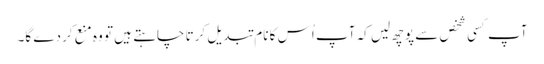
آپ کسی شخص سے پوچھ لیں کہ آپ اُس کا نام تبدیل کرتا چاہتے ہیں تو وہ منع کردے گا۔